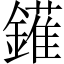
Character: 𨬶